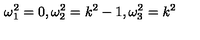
\omega _ { 1 } ^ { 2 } = 0 , \omega _ { 2 } ^ { 2 } = k ^ { 2 } - 1 , \omega _ { 3 } ^ { 2 } = k ^ { 2 }